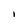
Character: i